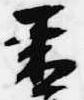
青